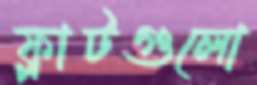
ফ্লাটগুলো